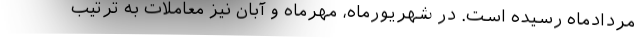
مردادماه رسیده است. در شهریورماه، مهرماه و آبان نیز معاملات به ترتیب